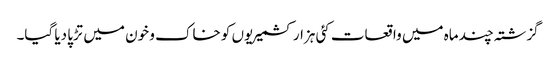
گزشتہ چند ماہ میں واقعات کئی ہزار کشمیریوں کو خاک و خون میں تڑپا دیا گیا۔